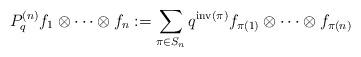
LaTeX: \begin{align*} P_q^{(n)} f_1\otimes\dots\otimes f_n :=\sum_{\pi\in S_n}q^{\operatorname{inv}(\pi)}f_{\pi(1)}\otimes\dots\otimes f_{\pi(n)}\end{align*}